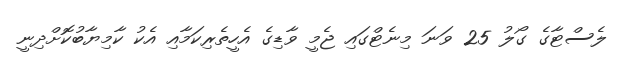
ލެސްޓާގެ ގޯލު 25 ވަނަ މިނެޓްގައި ޖެމީ ވާޑިގެ އެހީތެރިކަމާއި އެކު ކާމިޔާބުކޮށްދިނީ